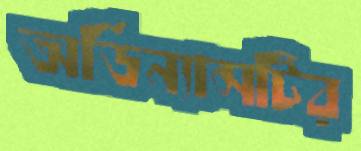
অর্ডিন্যান্সটির